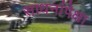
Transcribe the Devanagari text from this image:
साधनांपेक्षा